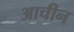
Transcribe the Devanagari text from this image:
आचीन